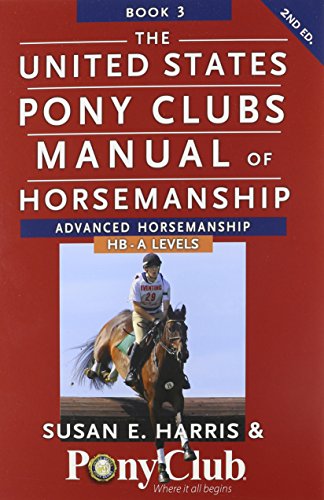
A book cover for The United States Pony Clubs Manual of Horsemanship: Book 3: Advanced Horsemanship HB - A Levels; Susan E Harris; Sports & Outdoors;